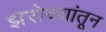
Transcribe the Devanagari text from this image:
झरोक्यांतून